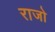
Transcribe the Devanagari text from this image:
राजो